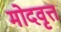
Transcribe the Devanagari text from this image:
मोदवृत्त